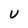
Character: U